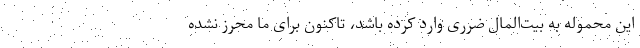
این محموله به بیت‌المال ضرری وارد کرده باشد، تاکنون برای ما محرز نشده